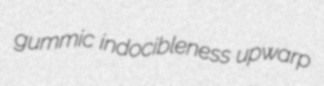
gummic indocibleness upwarp